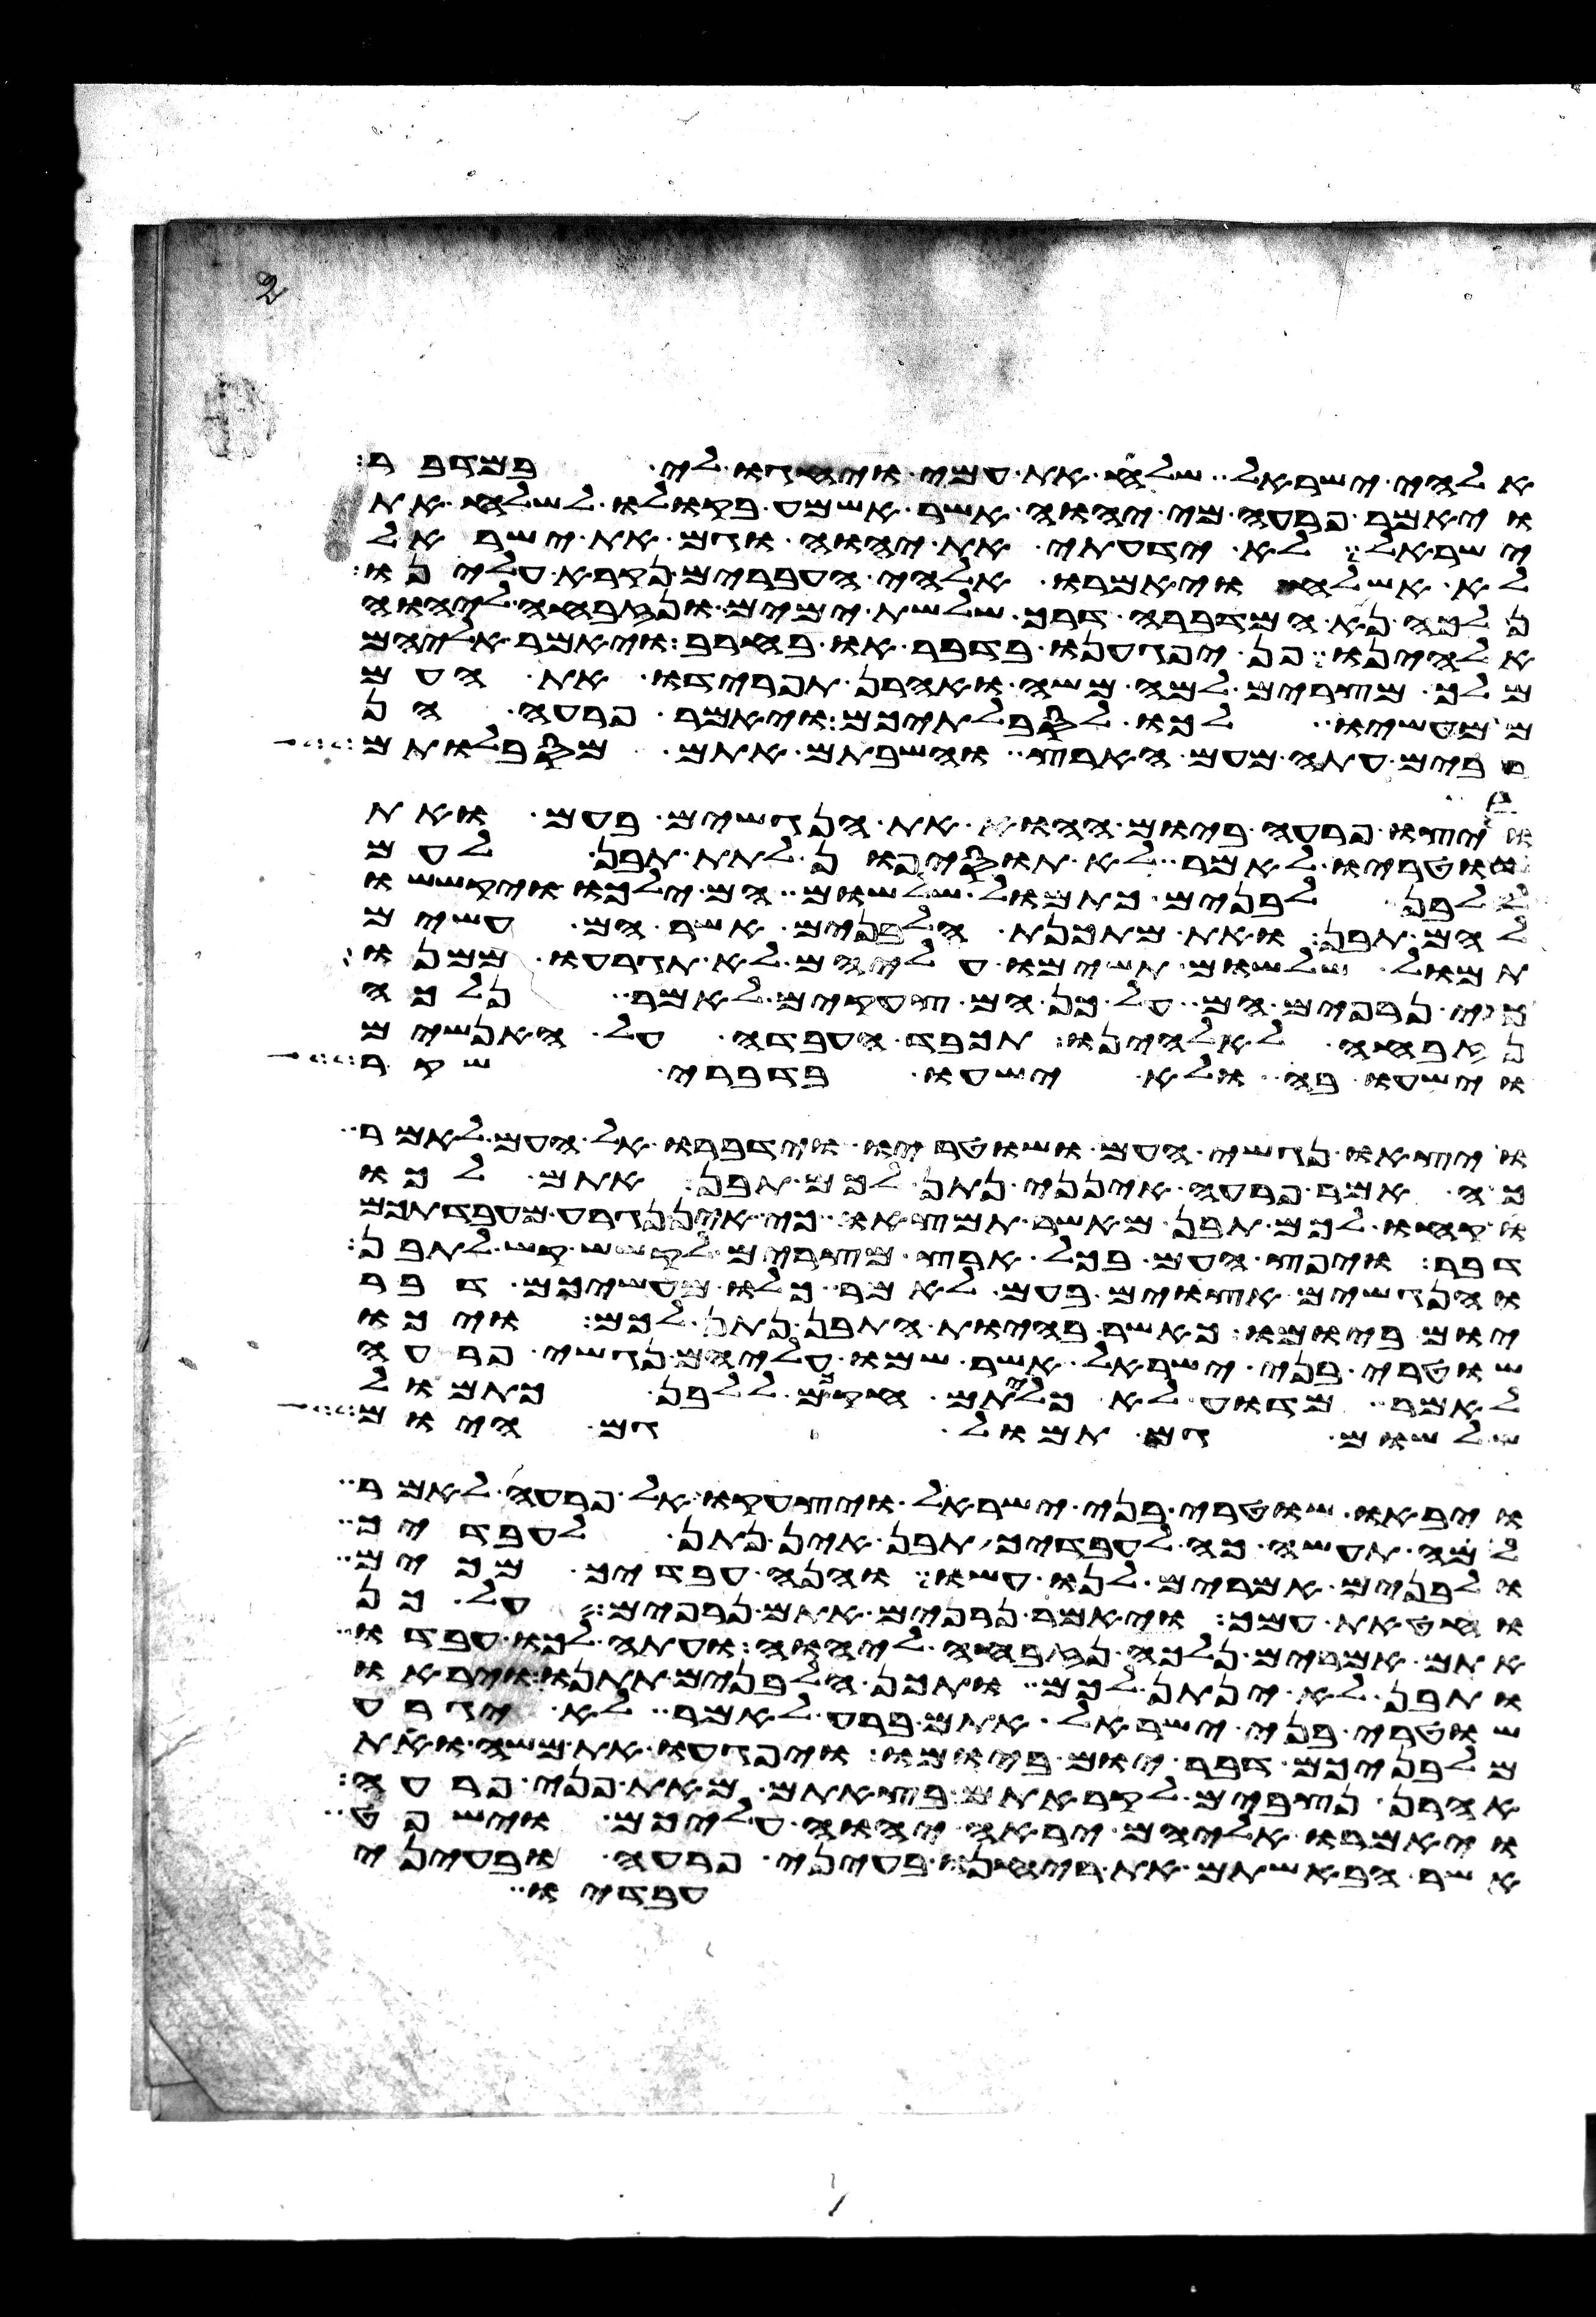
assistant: אלהי ישראל שלח את עמי ויחגו לי במדבר
ויאמר פרעה מי יהוה אשר אשמע בקולו לשלח את
ישראל לא ידעתי את יהוה וגם את ישראל
לא אשלח ויאמרו אלהי העברים נקרא עלינו
נלכה נא המדברה דרך שלשת ימים ונזבחה ליהוה
אלהינו פן יפגענו בדבר או בחרב ויאמר אליהם
מלך מצרים למה משה ואהרן תפרידו את העם
ממעשיו לכו לסבלתיכם ויאמר פרעה הן
רבים עתה מעם הארץ והשבתם אתם מסבלותם
ויצו פרעה ביום ההוא את הנגשים בעם ואת
שוטריו לאמר לא תוסיפון לתת תבן לעם
ללבן לבנים כתמול שלשום הם ילכו יקששו
להם תבן ואת מתכנת הלבנים אשר הם עשים
תמול שלשום תשימו עליהם לא תגרעו ממנו
כי נרפים הם על כן הם צעקים לאמר נלכה
נזבחה לאלהינו תכבד העבדה על האנשים
וישעו בה ולא ישעו בדברי שקר
ויצאו נגשי העם ושוטריו וידברו אל העם לאמר
כה אמר פרעה אינני נתן לכם תבן אתם לכו
קחו לכם תבן מאשר תמצאו כי אין נגרע מעבדתכם
דבר ויפץ העם בכל ארץ מצרים לקשש קש לתבן
והנגשים אצוים בעם לאמר כלו מעשיכם דבר
יום ביומו כאשר בהיות התבן נתן לכם ויכו
שוטרי בני ישראל אשר שמו עליהם נגשי פרעה
לאמר מדוע לא כליתם חקכם ללבן כתמול
שלשום גם תמול גם היום
ויבאו שוטרי בני ישראל ויצעקו אל פרעה לאמר
למה תעשה כה לעבדיך תבן אין נתן לעבדיך
ולבנים אמרים לנו עשו והנה עבדיך מכים
וחטאת עמך ויאמר נרפים אתם נרפים על כן
אתם אמרים נלכה נזבחה ליהוה ועתה לכו עבדו
ותבן לא ינתן לכם ותכן הלבנים תתנו ויראו
שוטרי בני ישראל אתם ברע לאמר לא יגרע
מלבניכם דבר יום ביומו ויפגעו את משה ואת
אהרן נצבים לקראתם בצאתם מאת פני פרעה
ויאמרו אליהם יראה יהוה עליכם וישפט
אשר הבאשתם את ריחנו בעיני פרעה ובעיני
עבדיו